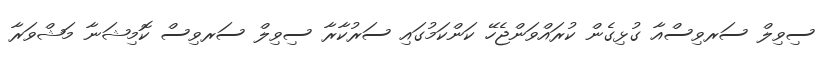
ސިވިލް ސަރވިސްއާ ގުޅިގެން ކުރައްވަންޖެހޭ ކަންކަމުގައި ސަރުކާރާ ސިވިލް ސަރވިސް ކޮމިޝަނާ މަޝްވަރާ